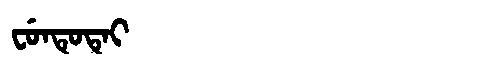
Manchu: ᠸᡠᠨᡨᡠᡨᡝᡳ
Romanization: FUNTUTEI